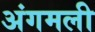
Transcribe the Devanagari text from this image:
अंगमली